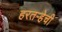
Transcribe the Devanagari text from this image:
हरतर्‍हेची